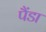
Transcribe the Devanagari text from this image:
पैंडा